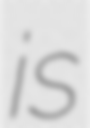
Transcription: is